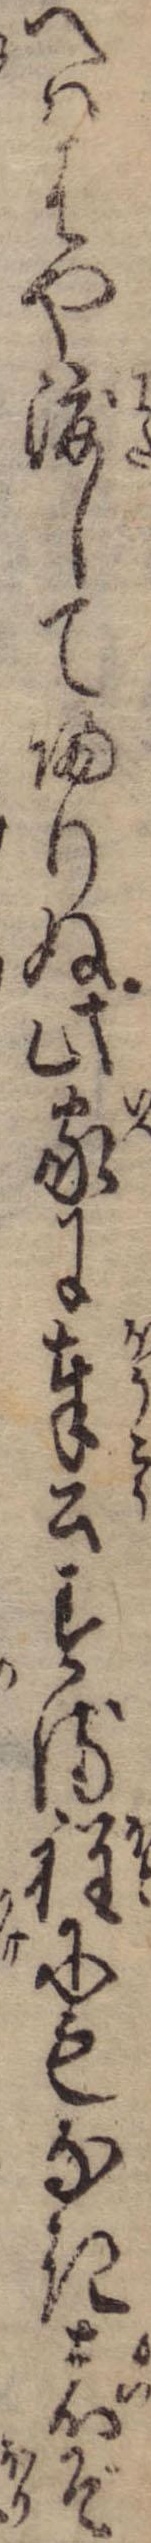
へははや渡して帰りぬ此家に奉公する程にもなき者ぞ